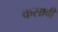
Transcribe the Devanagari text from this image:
कसावी